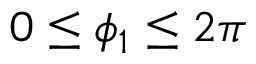
0 \leq \phi _ { 1 } \leq 2 \pi